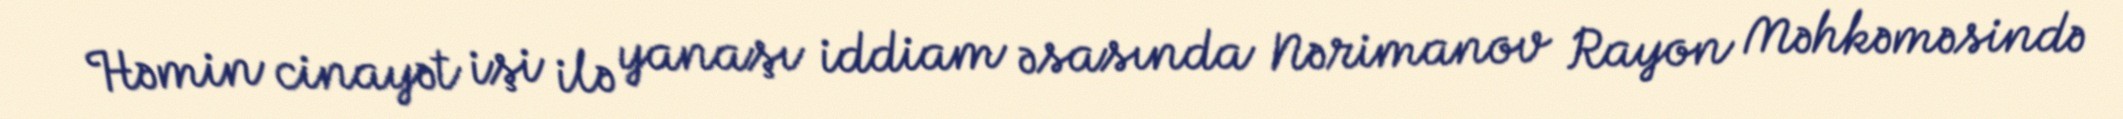
Həmin cinayət işi ilə yanaşı iddiam əsasında Nərimanov Rayon Məhkəməsində